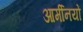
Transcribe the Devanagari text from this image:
आर्मीनयों